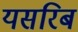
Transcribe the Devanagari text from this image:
यसरिब